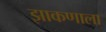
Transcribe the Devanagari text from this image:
झाकणाला